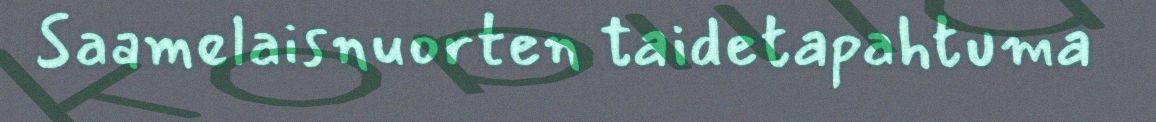
Saamelaisnuorten taidetapahtuma